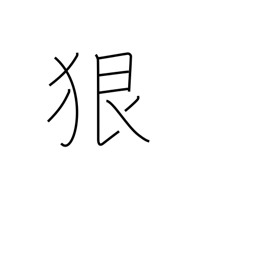
Meaning: severely